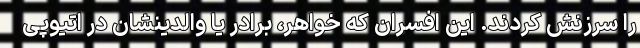
را سرزنش کردند. این افسران که خواهر، برادر یا والدینشان در اتیوپی